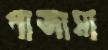
পাজামা